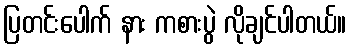
ပြတင်းပေါက် နား ကစားပွဲ လိုချင်ပါတယ်။